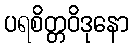
ပရစိတ္တဝိဒုနော